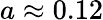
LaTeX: a\approx 0.12